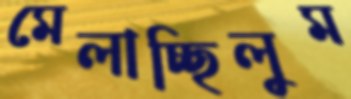
মেলাচ্ছিলুম